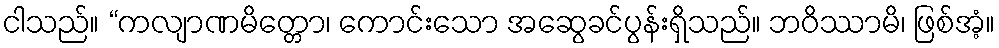
ငါသည်။ “ကလျာဏမိတ္တော၊ ကောင်းသော အဆွေခင်ပွန်းရှိသည်။ ဘဝိဿာမိ၊ ဖြစ်အံ့။